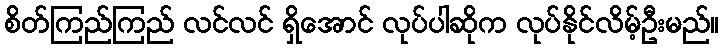
စိတ်ကြည်ကြည် လင်လင် ရှိအောင် လုပ်ပါဆိုက လုပ်နိုင်လိမ့်ဦးမည်။